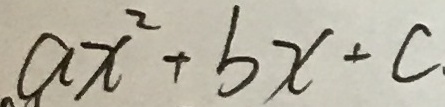
a x ^ { 2 } + b x + c